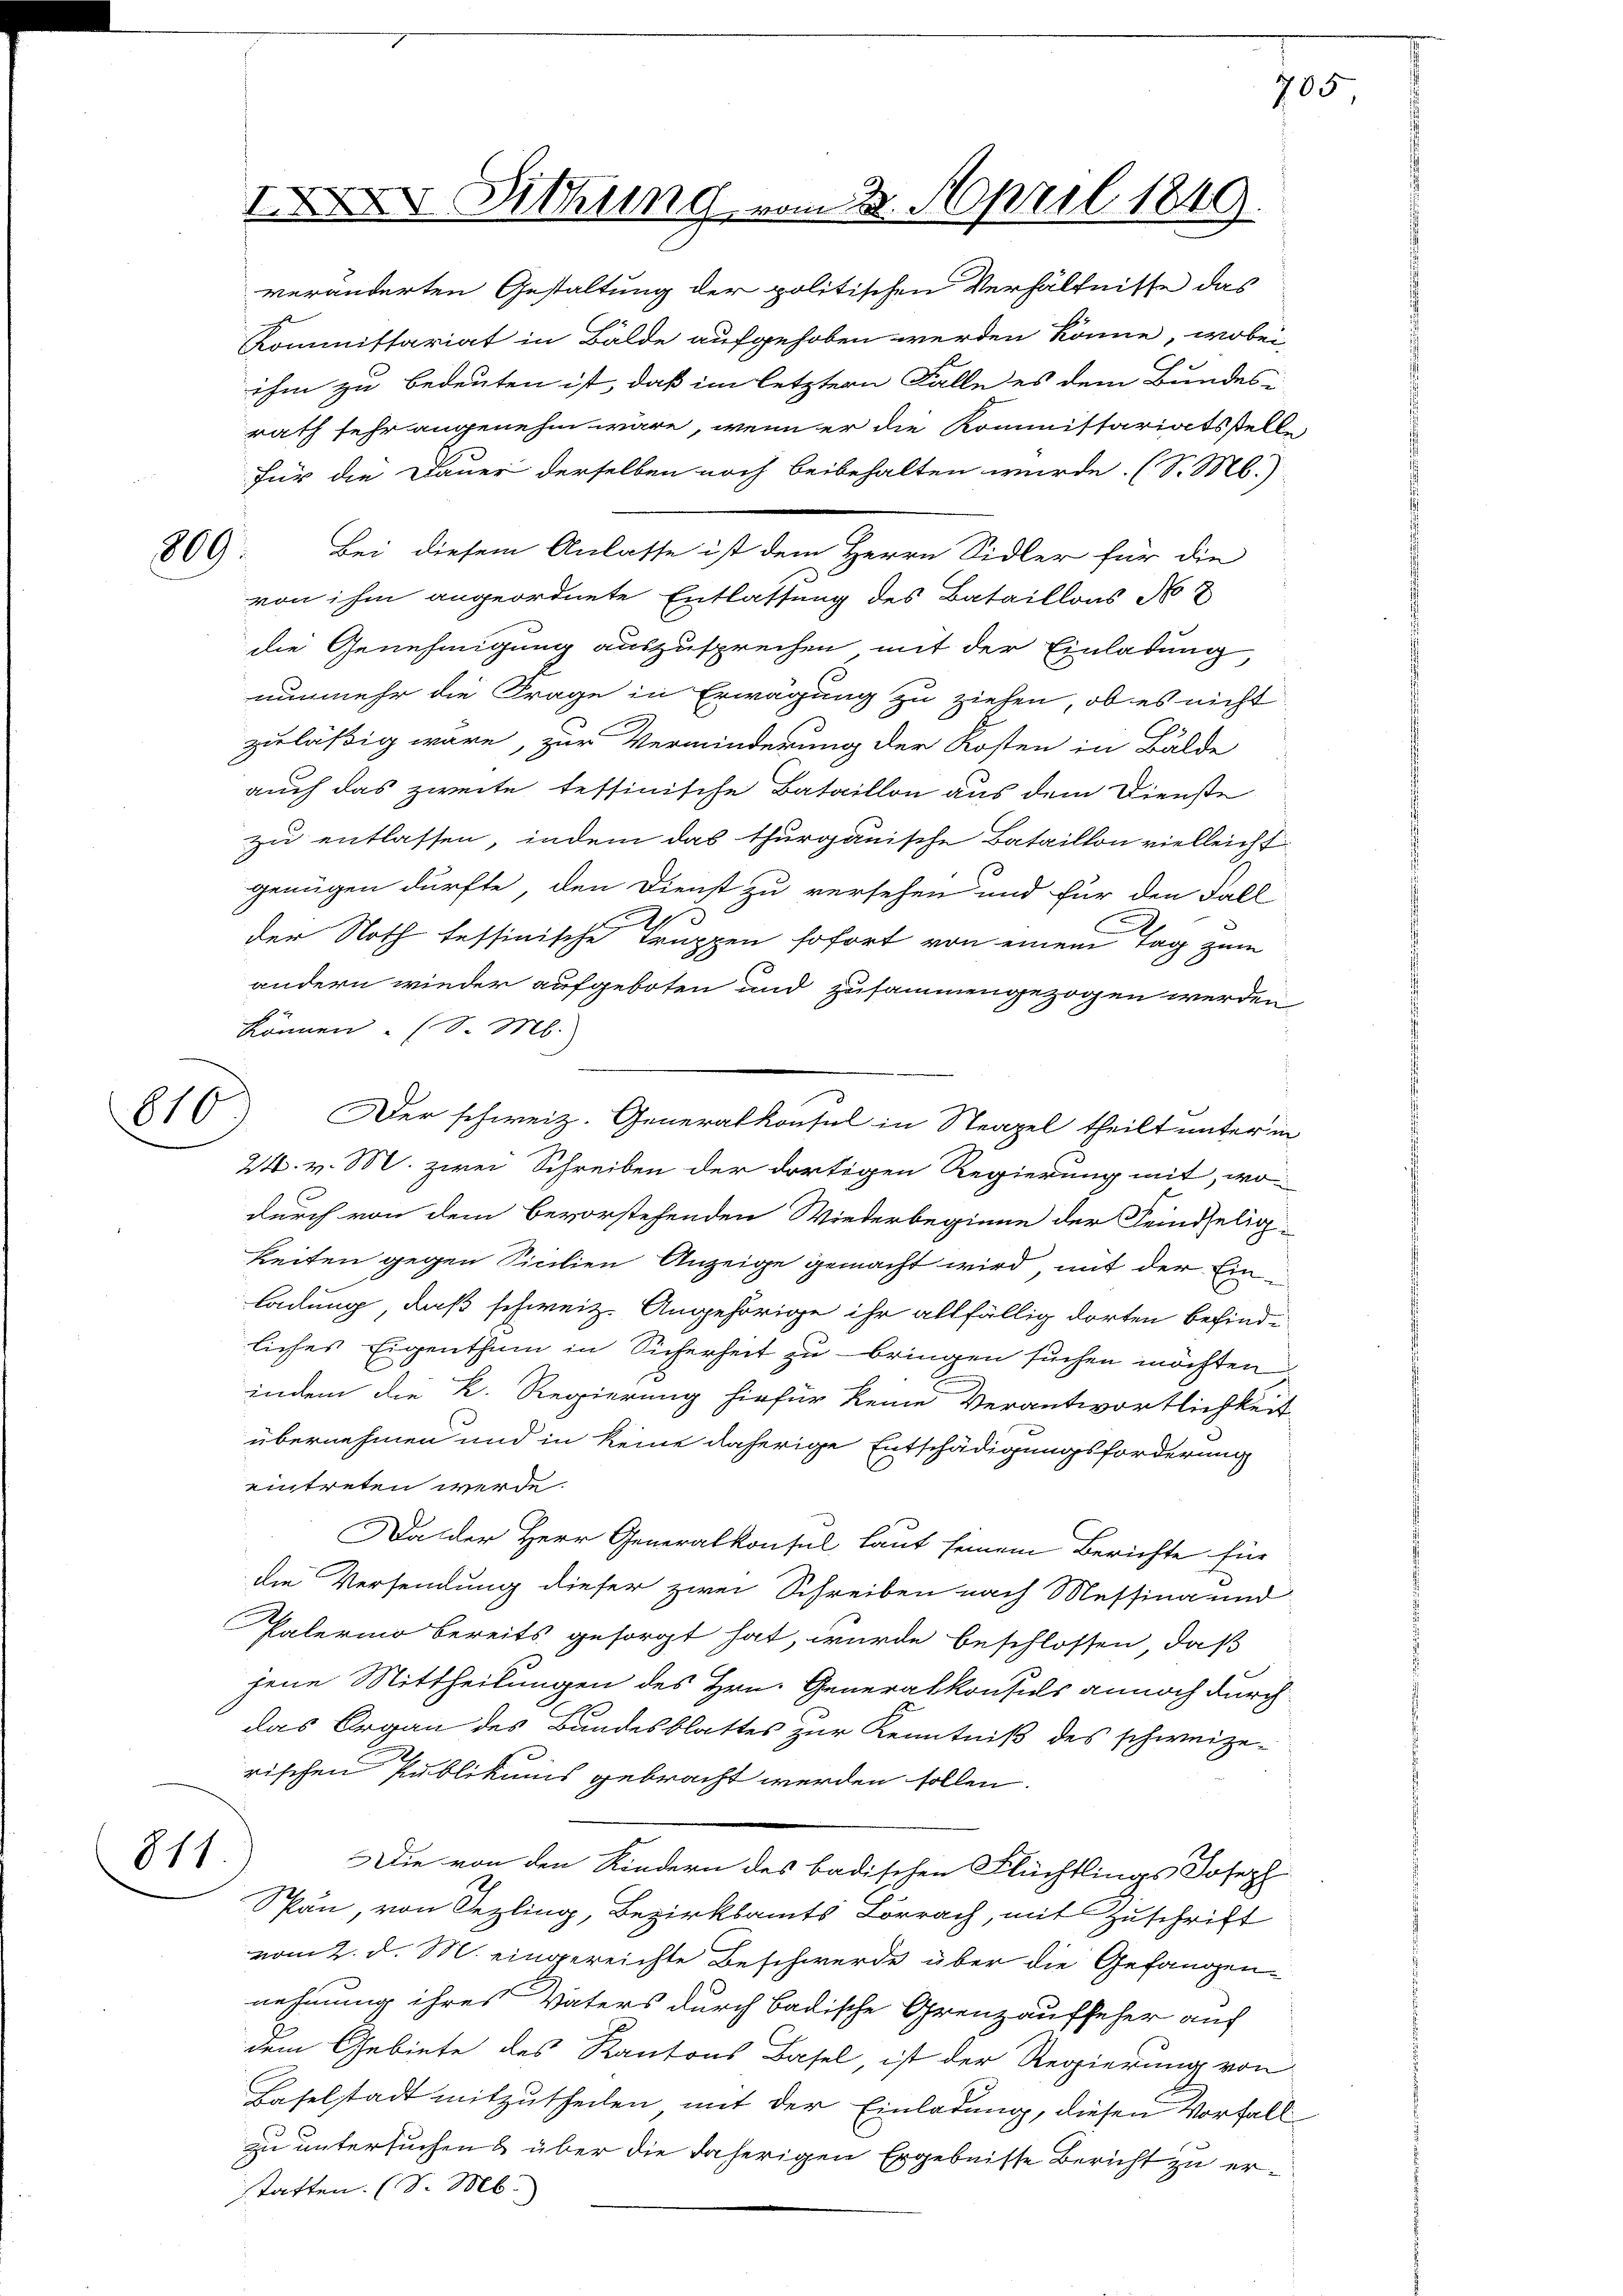
809.

811

können. (S. M.
810

o Sitzung vom 2. April 1849.

veränderten Gestaltung der politischen Verhältnisse das
Kommissariat in Bälde aufgehoben werden könne, wobei
ihm zu bedeuten ist, daß im letztern Falle es dem Bundes-
rath sehr angenehm wäre, wenn er die Kommissariatsstelle
für die Dauer derselben noch beibehalten würde. (S. M.)
von ihm angeordnete Entlassung des Bataillons No 8
die Genehmigung auszusprechen mit der Einladung
nunmehr die Frage in Erwägung zu ziehen, ob es nicht
zuläßig wäre, zur Verminderung der Kosten in Bälde
auch das zweite tessinische Bataillon aus dem Dienste
zu entlassen, indem das thurgauische Bataillon vielleicht
genügen dürfte, den Dienst zu versehen und für den Fall
p
der Noth tessinische Truppen sofort von einem Tag zum
andern wieder aufgeboten und zusammengezogen werden
6
24. v. M. zwei Schreiben der dortigen Regierung mit, wo
durch von dem bevorstehenden Wiederbeginne der Feindseligkeiten gegen Sicilien Anzeige gemacht wird, mit der Einladung, daß schweiz. Angehörige ihr allfällig dorten befindliches Eigenthum in Sicherheit zu bringen suchen möchten
indem die K. Regierung hiefür keine Verantwortlichkeit
übernehmen und in keine daherige Entschädigungsforderung
eintreten werde.
Da der Herr Generalkonsul laut seinem Berichte für
die Versendung dieser zwei Schreiben nach Messina und
Palerino bereits gesorgt hat, wurde beschlossen, daß
jene Mittheilungen des Hrn. Generalkonsuls annoch durch
das Organ des Bundesblattes zur Kenntniß des schweizerischen Publikums gebracht werden sollen.
Die von den Kindern des badischen Flüchtlings Joseph
Span, von Sezling, Bezirksamts Lörrach, mit Zuschrift
vom 2. d. M. eingereichte Beschwerde über die Gefangennehmung ihres Vaters durch badische Grenzaufseher auf
dem Gebiete des Kantons Basel, ist der Regierung von
Haselstadt mitzutheilen mit der Einladung, diesen Vorfall
zu untersuchen & über die daherigen Ergebnisse Bericht zu erstatten. (S. M.

Bei diesem Anlasse ist dem Herrn Sidler für die

Der schweiz. Generalkonsul in Neapel theilt unter in

705,